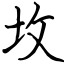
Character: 坆